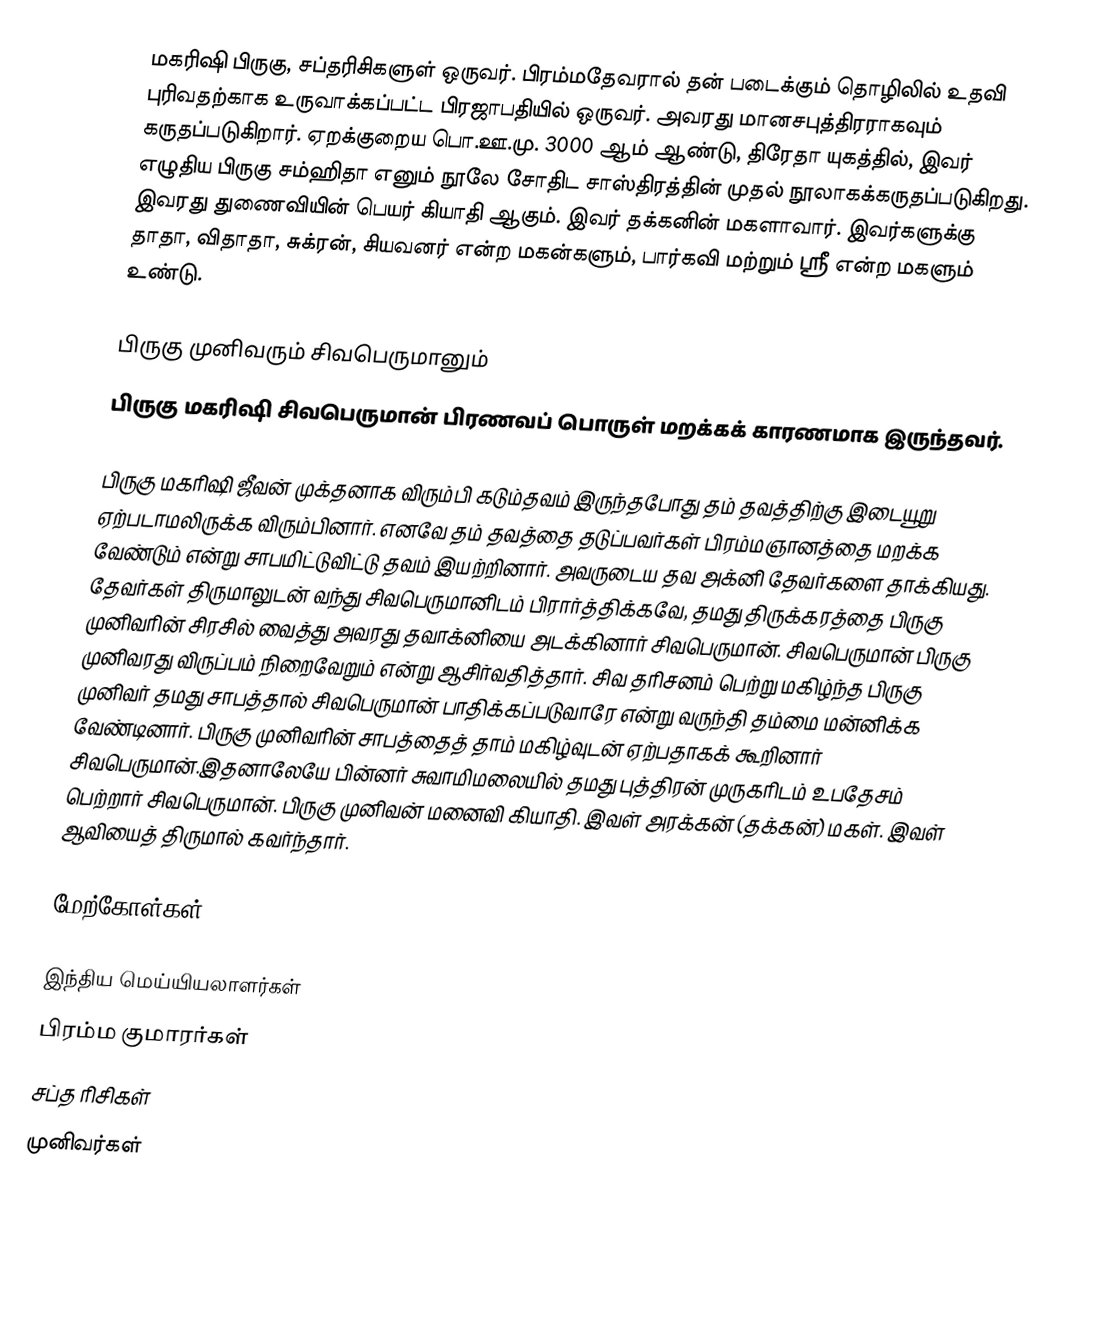
மகரிஷி பிருகு, சப்தரிசிகளுள் ஒருவர். பிரம்மதேவரால் தன் படைக்கும் தொழிலில் உதவி புரிவதற்காக உருவாக்கப்பட்ட பிரஜாபதியில் ஒருவர். அவரது மானசபுத்திரராகவும் கருதப்படுகிறார். ஏறக்குறைய பொ.ஊ.மு. 3000 ஆம் ஆண்டு, திரேதா யுகத்தில்,  இவர் எழுதிய  பிருகு சம்ஹிதா எனும் நூலே சோதிட சாஸ்திரத்தின் முதல் நூலாகக்கருதப்படுகிறது.  இவரது துணைவியின் பெயர் கியாதி  ஆகும். இவர் தக்கனின் மகளாவார். இவர்களுக்கு தாதா, விதாதா, சுக்ரன், சியவனர் என்ற மகன்களும், பார்கவி மற்றும் ஸ்ரீ என்ற மகளும் உண்டு.

பிருகு முனிவரும் சிவபெருமானும்
பிருகு மகரிஷி சிவபெருமான் பிரணவப் பொருள் மறக்கக் காரணமாக இருந்தவர்.

பிருகு மகரிஷி ஜீவன் முக்தனாக விரும்பி கடும்தவம் இருந்தபோது தம் தவத்திற்கு இடையூறு ஏற்படாமலிருக்க விரும்பினார். எனவே தம் தவத்தை தடுப்பவர்கள் பிரம்மஞானத்தை மறக்க வேண்டும் என்று சாபமிட்டுவிட்டு தவம் இயற்றினார். அவருடைய தவ அக்னி தேவர்களை தாக்கியது. தேவர்கள் திருமாலுடன் வந்து சிவபெருமானிடம் பிரார்த்திக்கவே, தமது திருக்கரத்தை பிருகு முனிவரின் சிரசில் வைத்து அவரது தவாக்னியை அடக்கினார் சிவபெருமான். சிவபெருமான் பிருகு முனிவரது விருப்பம் நிறைவேறும் என்று ஆசிர்வதித்தார். சிவ தரிசனம் பெற்று மகிழ்ந்த பிருகு முனிவர் தமது சாபத்தால் சிவபெருமான் பாதிக்கப்படுவாரே என்று வருந்தி தம்மை மன்னிக்க வேண்டினார். பிருகு முனிவரின் சாபத்தைத் தாம் மகிழ்வுடன் ஏற்பதாகக் கூறினார் சிவபெருமான்.இதனாலேயே பின்னர் சுவாமிமலையில் தமது புத்திரன் முருகரிடம் உபதேசம் பெற்றார் சிவபெருமான். பிருகு முனிவன் மனைவி கியாதி. இவள் அரக்கன் (தக்கன்) மகள். இவள் ஆவியைத் திருமால் கவர்ந்தார்.

மேற்கோள்கள்

இந்திய மெய்யியலாளர்கள்
பிரம்ம குமாரர்கள்
சப்த ரிசிகள்
முனிவர்கள்